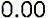
0.00